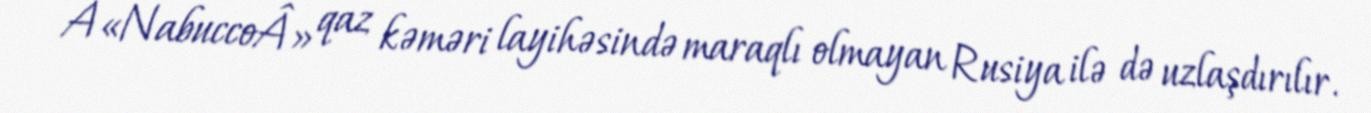
Â«NabuccoÂ» qaz kəməri layihəsində maraqlı olmayan Rusiya ilə də uzlaşdırılır.